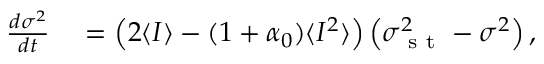
\begin{array} { r l } { \frac { d \sigma ^ { 2 } } { d t } } & { { } = \left( 2 \langle I \rangle - ( 1 + \alpha _ { 0 } ) \langle I ^ { 2 } \rangle \right) \left( \sigma _ { \mathrm { ~ s ~ t ~ } } ^ { 2 } - \sigma ^ { 2 } \right) , } \end{array}